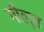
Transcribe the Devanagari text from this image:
गील्त